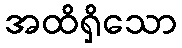
အထိရှိသော